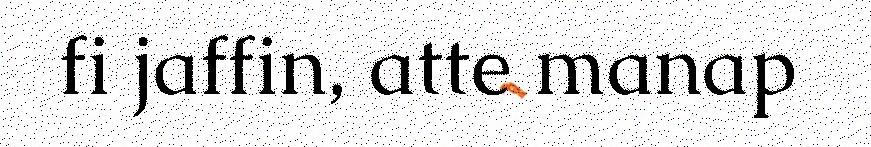
fi jaffin, atte manap